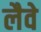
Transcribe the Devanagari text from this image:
लैवे